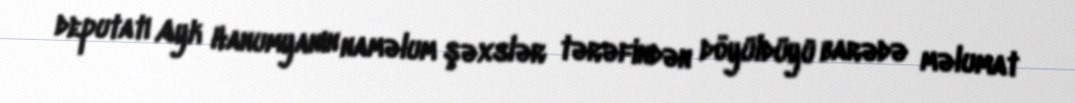
deputatı Ayk Hanumyanın naməlum şəxslər tərəfindən döyüldüyü barədə məlumat